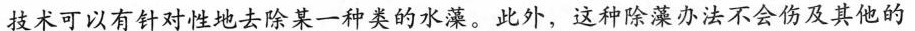
技术可以有针对性地去除某一种类的水藻。此外，这种除藻办法不会伤及其他的